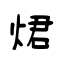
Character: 𤉙